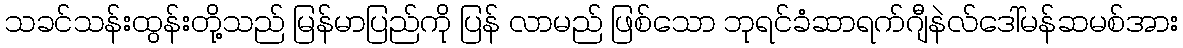
သခင်သန်းထွန်းတို့သည် မြန်မာပြည်ကို ပြန် လာမည် ဖြစ်သော ဘုရင်ခံဆာရက်ဂျီနဲလ်ဒေါ်မန်ဆမစ်အား